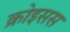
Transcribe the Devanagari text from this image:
क्रोइसस